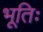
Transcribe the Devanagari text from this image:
भूतिः